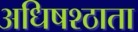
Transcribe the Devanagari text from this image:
अधिषश्ठाता